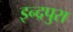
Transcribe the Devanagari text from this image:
इन्द्रपुरा